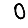
Digit: 0